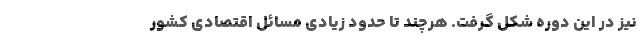
نیز در این دوره شکل گرفت. هرچند تا حدود زیادی مسائل اقتصادی کشور